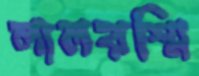
লালরশ্মি